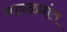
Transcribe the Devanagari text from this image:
मावळप्रांत